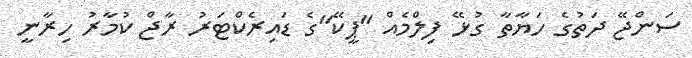
ސަންޖޭ ދަތުގެ ހަޔާތާ ގުޅޭ ފިލްމެއް "ޕީކޭ"ގެ ޑައިރެކްޓަރު ރާޖް ކުމާރު ހިރާނީ